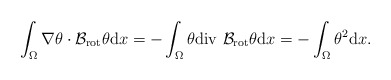
\begin{align*}\int_{\Omega} \nabla \theta \cdot \mathcal{B}_{\mathrm{rot}} \theta \mathrm{d} x= -\int_{\Omega} \theta \mathrm{div}\,\, \mathcal{B}_{\mathrm{rot}} \theta \mathrm{d} x= -\int_{\Omega} \theta^{2} \mathrm{d} x. \end{align*}